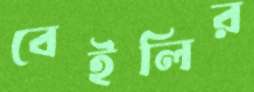
বেইলির